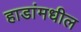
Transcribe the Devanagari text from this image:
हाडांमधील